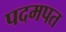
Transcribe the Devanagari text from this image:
पदमपत